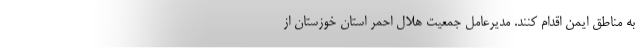
به مناطق ایمن اقدام کنند. مدیرعامل جمعیت هلال احمر استان خوزستان از